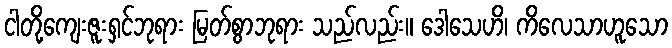
ငါတို့ကျေးဇူးရှင်ဘုရား မြတ်စွာဘုရား သည်လည်း။ ဒေါသေဟိ၊ ကိလေသာဟူသော